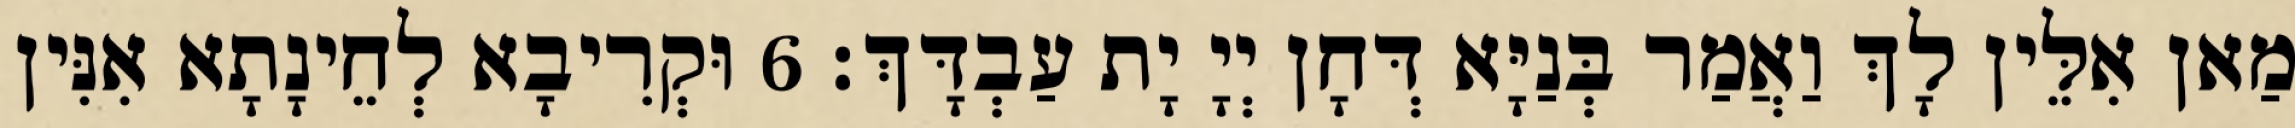
מַאן אִלֵּין לָךְ וַאֲמַר בְּנַיָּא דְּחָן יְיָ יָת עַבְדָּךְ׃ 6 וּקְרִיבָא לְחֵינָתָא אִנִּין